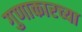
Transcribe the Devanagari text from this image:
गुणाकारच्या